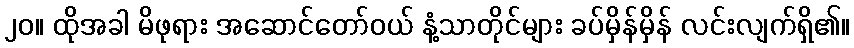
၂၀။ ထိုအခါ မိဖုရား အဆောင်တော်ဝယ် နံ့သာတိုင်များ ခပ်မှိန်မှိန် လင်းလျက်ရှိ၏။